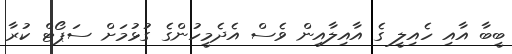
ބީބާ އާއި ހެއިލީ ގެ އާއިލާއިން ވެސް އެދެމީހުންގެ ގުޅުމަށް ސަޕޯޓް ކުރާ